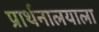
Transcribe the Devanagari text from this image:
प्रार्थनालयाला